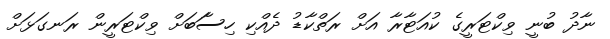
ނާދު ބުނީ ވިކްޓަރީގެ ކުއަޓާރާ އަށް ރަތްކާޑު ދެއްކި ހިސާަބަށް ވިކްޓަރީން ރަނގަޅަށް